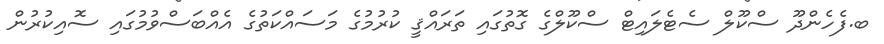
ބ.ފެހެންދޫ ސްކޫލް ސެޓެލައިޓް ސްކޫލްގެ ގޮތުގައި ތަރައްޤީ ކުރުމުގެ މަސައްކަތުގެ އެއްބަސްވުމުގައި ސޮއިކުރުން